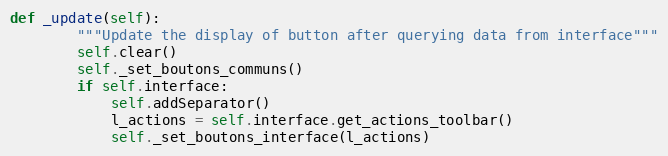
Language: Python
def _update(self):
        """Update the display of button after querying data from interface"""
        self.clear()
        self._set_boutons_communs()
        if self.interface:
            self.addSeparator()
            l_actions = self.interface.get_actions_toolbar()
            self._set_boutons_interface(l_actions)